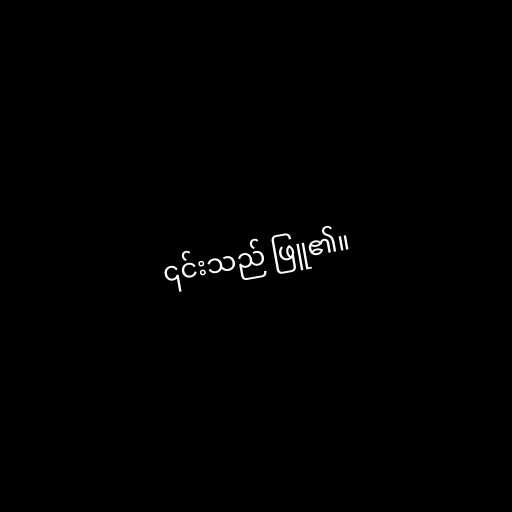
၎င်းသည် ဖြူ၏။